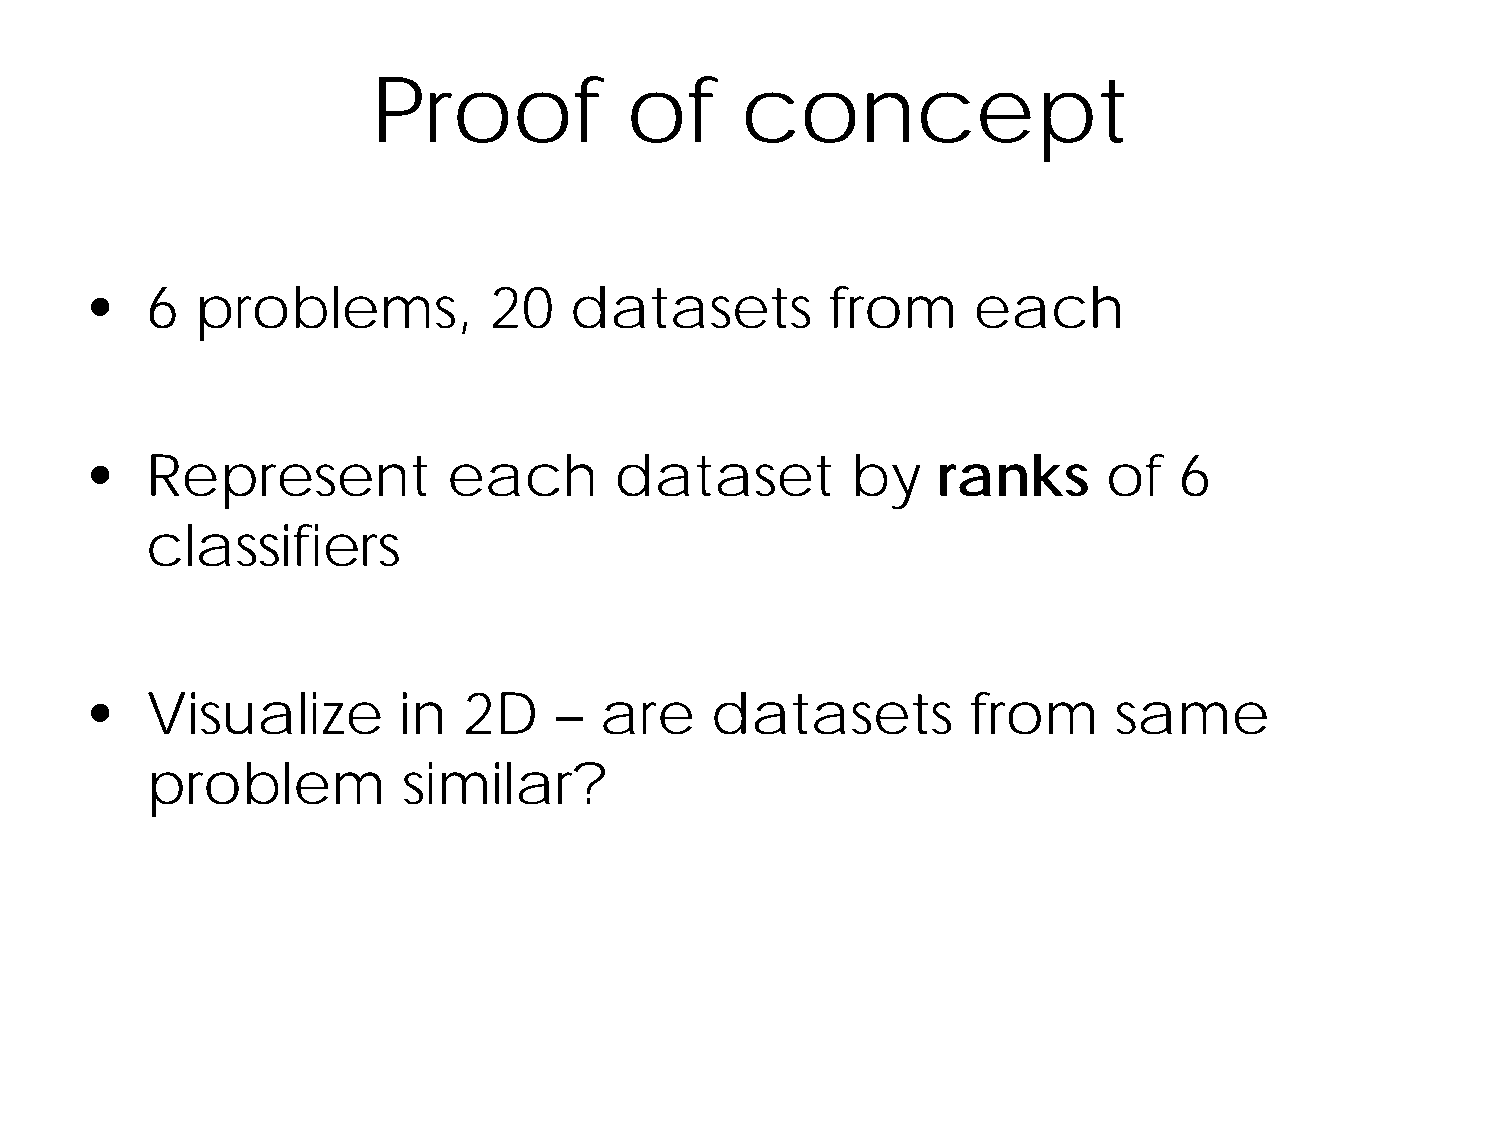
Proof           of      concept
 •   6  problems,          20    datasets         from     each
 •   Represent           each       dataset        by    ranks      of   6
 classifiers
 •   Visualize       in   2D    –  are    datasets         from      same
 problem          similar?